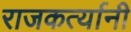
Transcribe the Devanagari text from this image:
राजकर्त्यानी